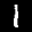
Label: 1